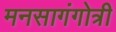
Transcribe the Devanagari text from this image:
मनसागंगोत्री